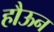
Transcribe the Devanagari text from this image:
हौऊन